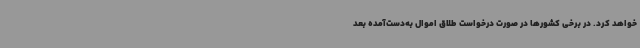
خواهد کرد. در برخی کشورها در صورت درخواست طلاق اموال به‌دست‌آمده بعد